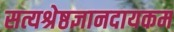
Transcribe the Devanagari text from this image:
सत्यश्रेष्ठज्ञानदायकम